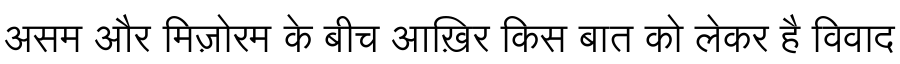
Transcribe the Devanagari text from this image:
असम और मिज़ोरम के बीच आख़िर किस बात को लेकर है विवाद